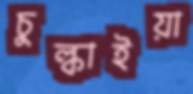
চুল্‌কাইয়া